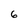
Character: 6